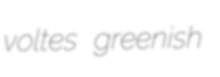
voltes greenish